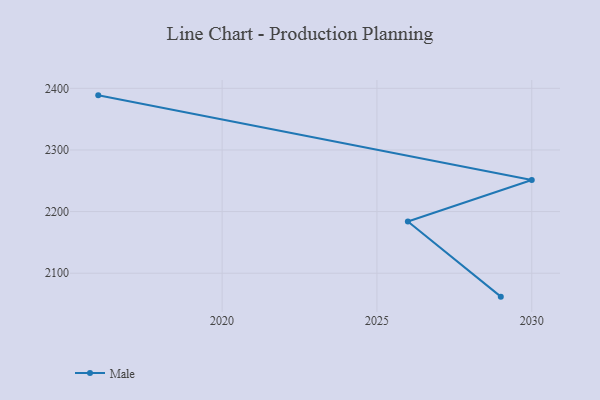
{"axis": {"x": "Year", "y": "Satisfaction Score"}, "legend": ["Male"], "data": [{"x": "2029", "y": 2062.0, "type": "Male"}, {"x": "2026", "y": 2184.0, "type": "Male"}, {"x": "2030", "y": 2251.3, "type": "Male"}, {"x": "2016", "y": 2388.6, "type": "Male"}]}